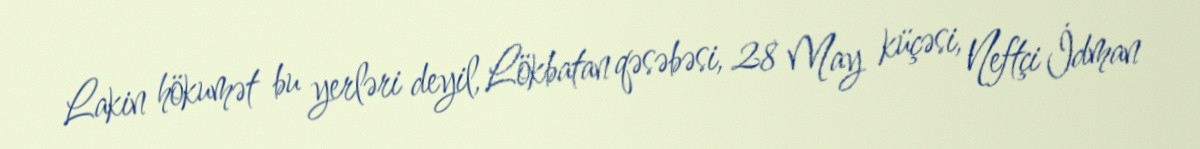
Lakin hökumət bu yerləri deyil, Lökbatan qəsəbəsi, 28 May küçəsi, Neftçi İdman